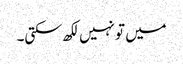
میں تو نہیں لکھ سکتی۔